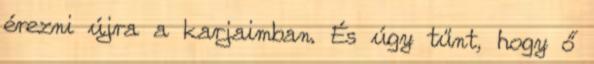
érezni újra a karjaimban. És úgy tűnt, hogy ő